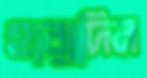
হারাদিন